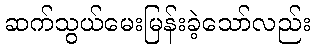
ဆက်သွယ်မေးမြန်းခဲ့သော်လည်း